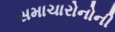
સમાચારોનોની